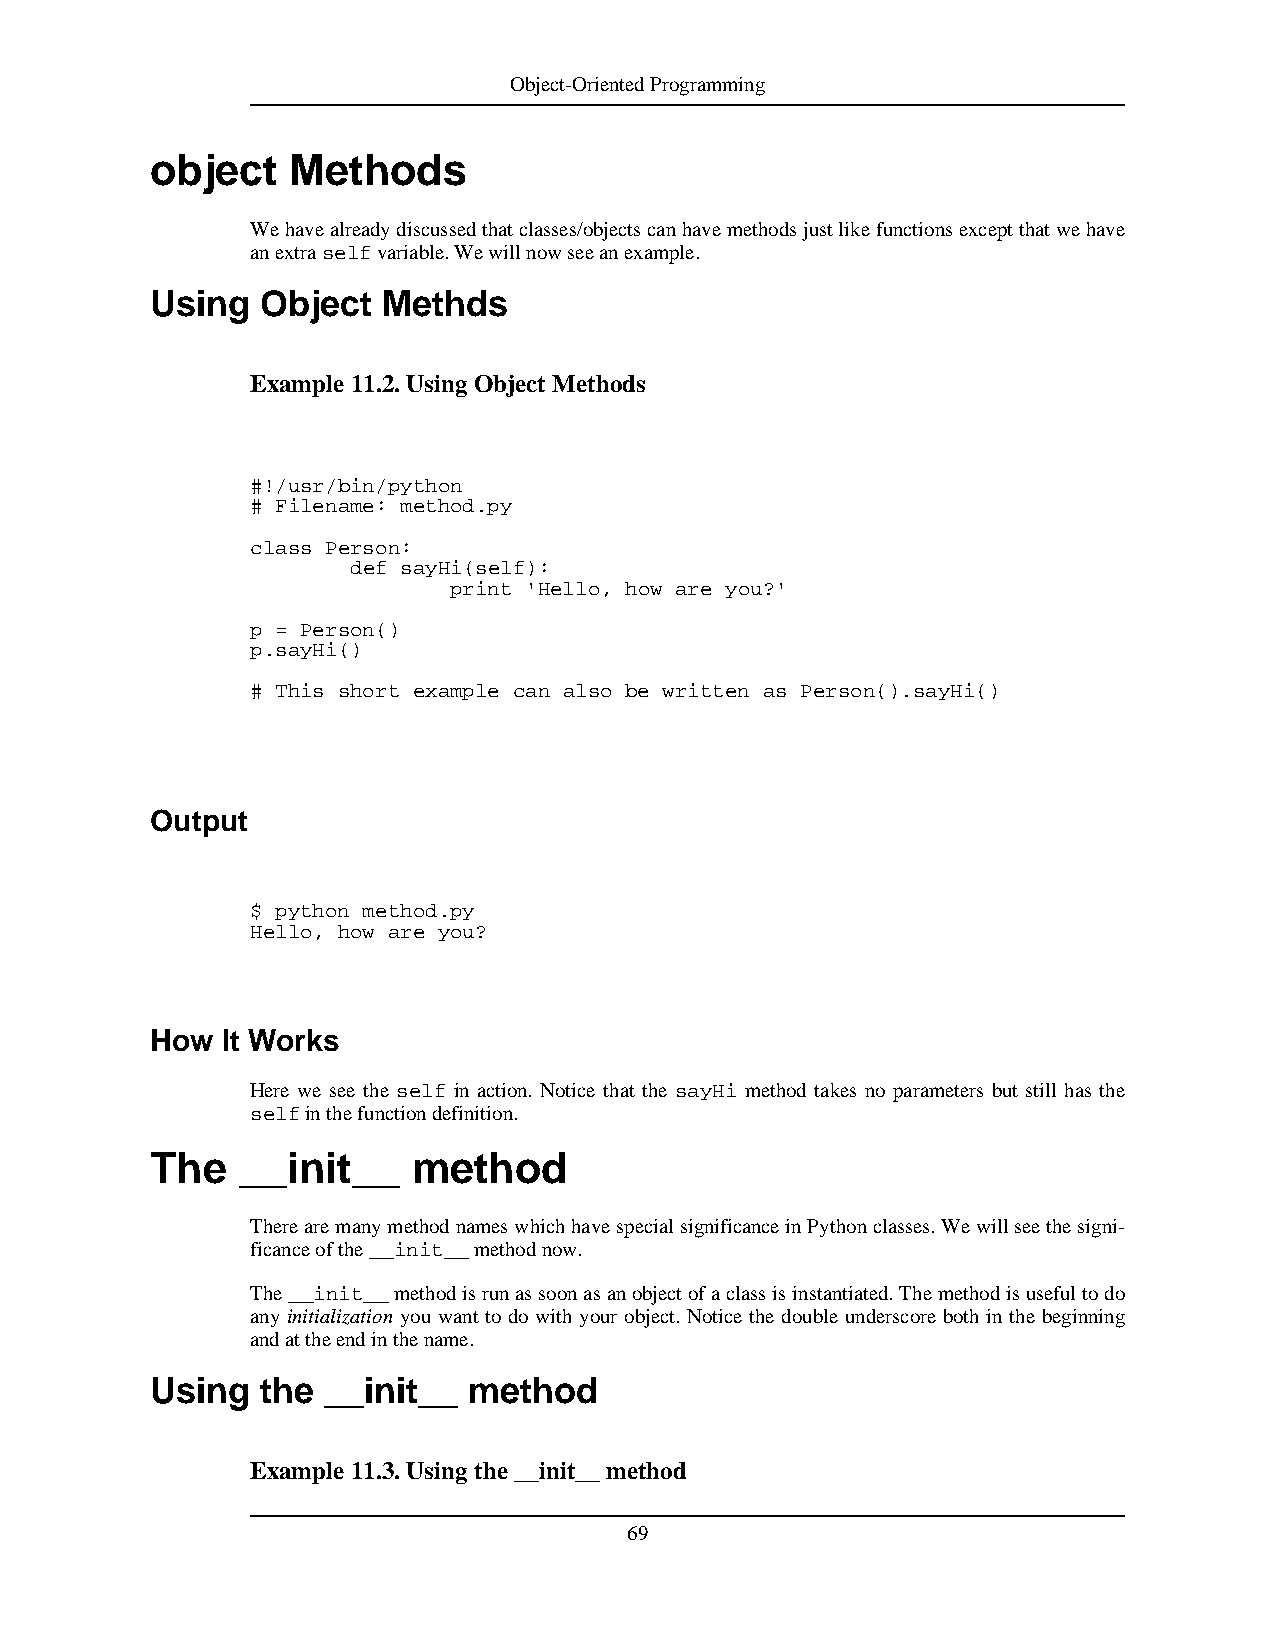
Object-OrientedProgramming
 object   Methods
 Wehavealreadydiscussedthatclasses/objectscanhavemethodsjustlikefunctionsexceptthatwehave
 anextraselfvariable.Wewillnowseeanexample.
 Using  Object  Methds
 Example 11.2.UsingObjectMethods
 #!/usr/bin/python
 # Filename: method.py
 class Person:
 def sayHi(self):
 print 'Hello, how are you?'
 p = Person()
 p.sayHi()
 # This short example can also be written as Person().sayHi()
 Output
 $ python method.py
 Hello, how are you?
 How  It Works
 Here we see the self in action. Notice that the sayHi method takes no parameters but still has the
 selfinthefunctiondefinition.
 The   __init__   method
 TherearemanymethodnameswhichhavespecialsignificanceinPythonclasses.Wewillseethesigni-
 ficanceofthe__init__methodnow.
 The__init__methodisrunassoonasanobjectofaclassisinstantiated.Themethodisusefultodo
 any initialization you want to do with your object. Notice the double underscore both in the beginning
 andattheendinthename.
 Using  the __init__  method
 Example 11.3.Usingthe__init__method
 69